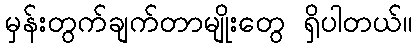
မှန်းတွက်ချက်တာမျိုးတွေ ရှိပါတယ်။